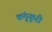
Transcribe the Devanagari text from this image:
कंदुकूरी